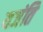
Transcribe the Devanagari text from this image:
यजंति